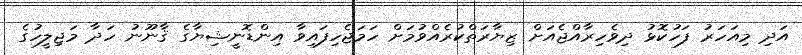
އަދި މިއަހަރު ފަހުކޮޅު ދިވެހިރާއްޖެއަށް ޒިޔާރަތްކުރެއްވުމަށް ހަމަޖެހިފައިވާ އިންޑޮނީޝިޔާގެ ޤާނޫނު ހަދާ މަޖިލީހުގެ